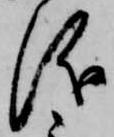
儀